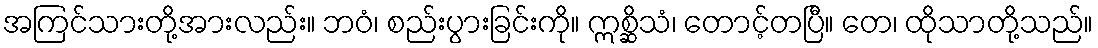
အကြင်သားတို့အားလည်း။ ဘဝံ၊ စည်းပွားခြင်းကို။ ဣစ္ဆိသံ၊ တောင့်တပြီ။ တေ၊ ထိုသာတို့သည်။